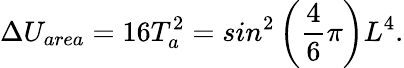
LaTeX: \Delta U_{area}=16T_{a}^{2}=sin^{2}\left(\frac{4}{6}\pi\right)L^{4}.